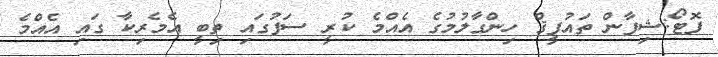
ފޮޓޯ:ޝިފާން ތައުފީޤް ހިންގާލުމުގެ އެއްމެ ކުރީ ސަފުގައި ތިބީ އެމެރިކާ ގައި އެއްމެ